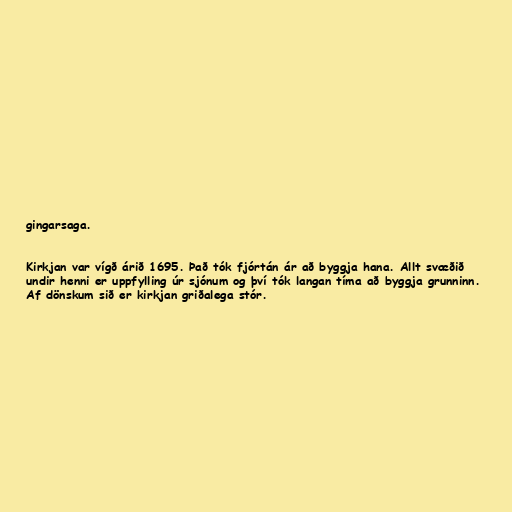
gingarsaga.

Kirkjan var vígð árið 1695. Það tók fjórtán ár að byggja hana. Allt svæðið
undir henni er uppfylling úr sjónum og því tók langan tíma að byggja grunninn.
Af dönskum sið er kirkjan griðalega stór.